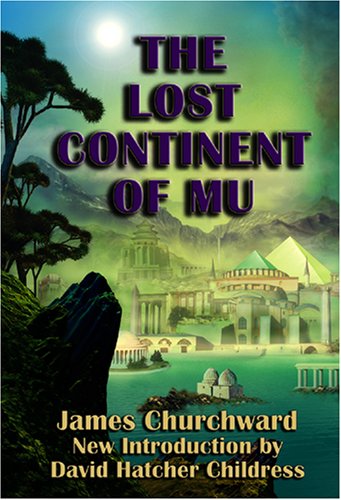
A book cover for The Lost Continent of Mu; James Churchward; History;